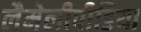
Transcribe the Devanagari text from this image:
लैमेलीपीडिया